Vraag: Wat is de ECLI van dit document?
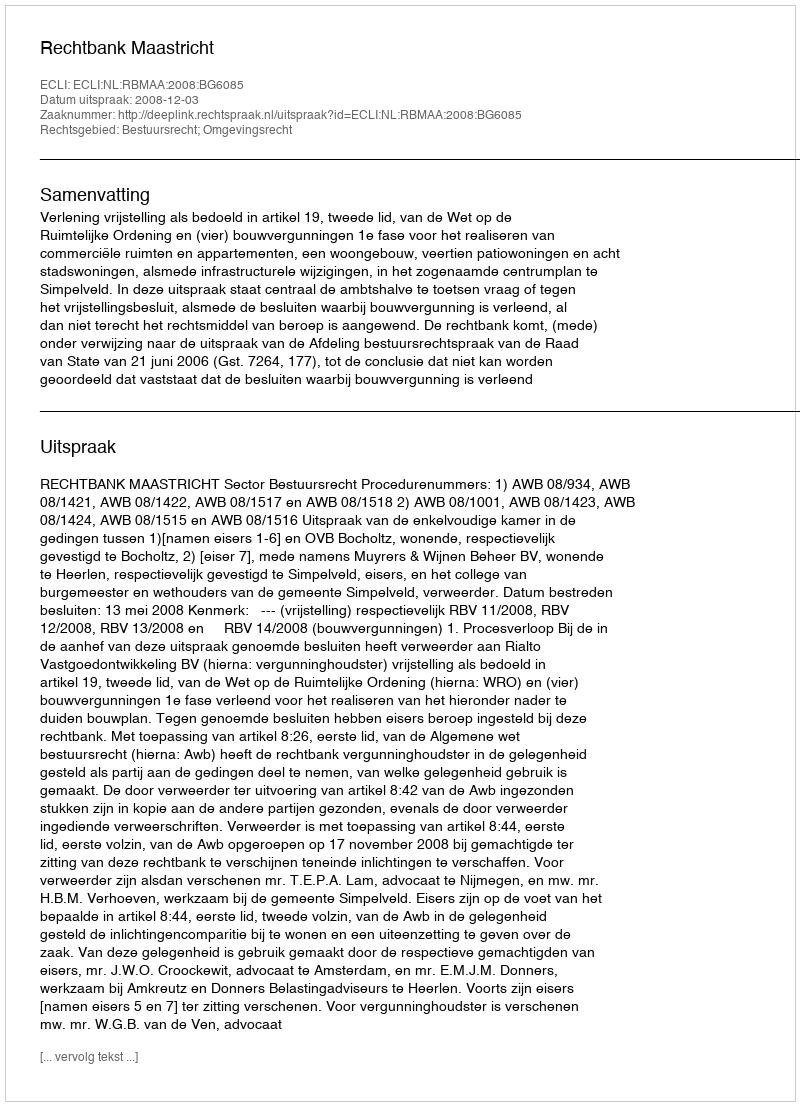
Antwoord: ECLI:NL:RBMAA:2008:BG6085